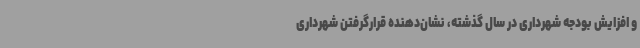
و افزایش بودجه شهرداری در سال گذشته، نشان‌دهنده قرارگرفتن شهرداری